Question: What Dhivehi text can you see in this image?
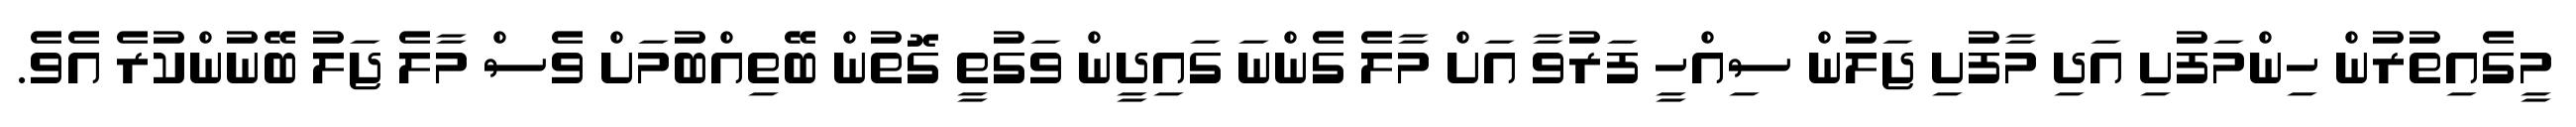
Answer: މީގެއިތުރުން ހިންމަފުށި އަދި މާފުށި ޖަލުން ސިއްހީ ފަރުވާ އަށް މާލެ ގެންނަ ގައިދީން ވަގުތީ ގޮތުން ބޭތިއްބުމަށް ވެސް މާލެ ޖަލު ބޭނުންކުރެ އެވެ.